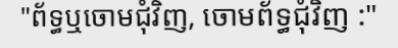
"ព័ទ្ធឬចោមជុំវិញ, ចោមព័ទ្ធជុំវិញ :"